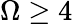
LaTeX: \Omega\geq 4